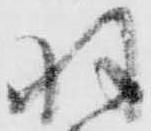
羽